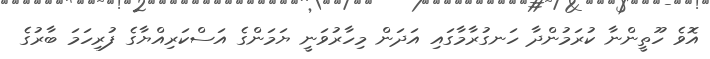
އޮވެ ހޫތީންނާ ކުރަމުންދާ ހަނގުރާމާގައި އަދަން މިހާރުވަނީ ޔަމަންގެ އަސްކަރިއްޔާގެ ފުރިހަމަ ބާރުގެ